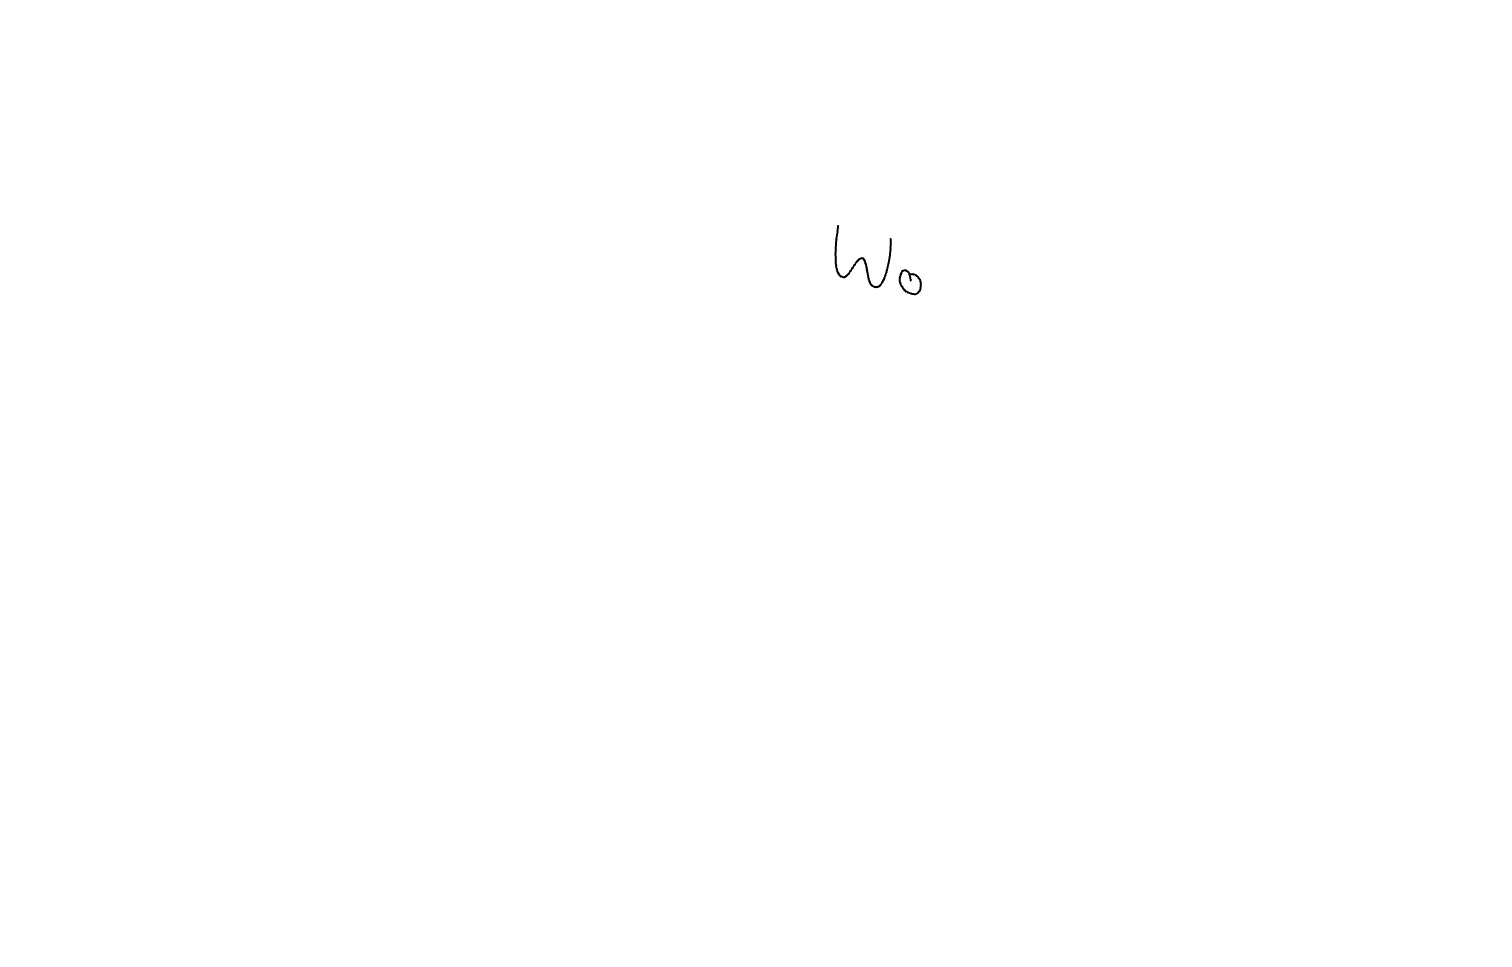
Text: Wo